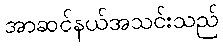
အာဆင်နယ်အသင်းသည်